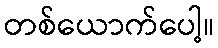
တစ်ယောက်ပေါ့။